Indian journal of veterinary science and animal husbandry - Volumes 18-21, 1948-1951
Year: 1948
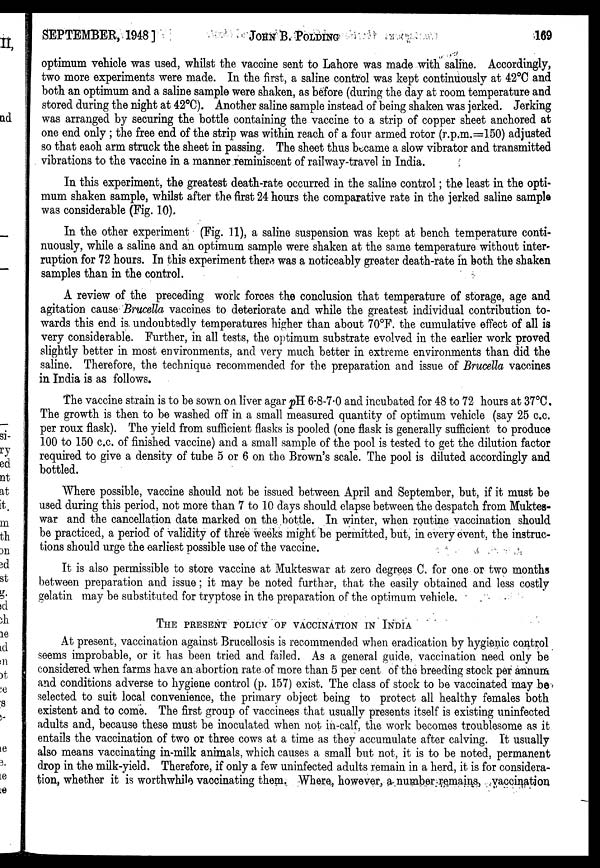
SEPTEMBER, 1948]
JOHN
B.
POLDING
169
optimum vehicle was used, whilst the vaccine sent to Lahore was made with saline. Accordingly,
two more experiments were made. In the first, a saline control was kept continuously at 42°C and
both an optimum and a saline sample were shaken, as before (during the day at room temperature and
stored during the night at 42°C). Another saline sample instead of being shaken was jerked. Jerking
was arranged by securing the bottle containing the vaccine to a strip of copper sheet anchored at
one end only ; the free end of the strip was within reach of a four armed rotor (r.p.m.=150) adjusted
so that each arm struck the sheet in passing. The sheet thus became a slow vibrator and transmitted
vibrations to the vaccine in a manner reminiscent of railway-travel in India.
In this experiment, the greatest death-rate occurred in the saline control; the least in the opti-
mum shaken sample, whilst after the first 24 hours the comparative rate in the jerked saline sample
was considerable (Fig. 10).
In the other experiment (Fig. 11), a saline suspension was kept at bench temperature conti-
nuously, while a saline and an optimum sample were shaken at the same temperature without inter-
ruption for 72 hours. In this experiment there was a noticeably greater death-rate in both the shaken
samples than in the control.
A review of the preceding work forces the conclusion that temperature of storage, age and
agitation cause Brucella vaccines to deteriorate and while the greatest individual contribution to-
wards this end is undoubtedly temperatures higher than about 70°F. the cumulative effect of all is
very considerable. Further, in all tests, the optimum substrate evolved in the earlier work proved
slightly better in most environments, and very much better in extreme environments than did the
saline. Therefore, the technique recommended for the preparation and issue of Brucella vaccines
in India is as follows.
The vaccine strain is to be sown on liver agar pH 6.8-7.0 and incubated for 48 to 72 hours at 37°C.
The growth is then to be washed off in a small measured quantity of optimum vehicle (say 25 c.c.
per roux flask). The yield from sufficient flasks is pooled (one flask is generally sufficient to produce
100 to 150 c.c. of finished vaccine) and a small sample of the pool is tested to get the dilution factor
required to give a density of tube 5 or 6 on the Brown's scale. The pool is diluted accordingly and
bottled.
Where possible, vaccine should not be issued between April and September, but, if it must be
used during this period, not more than 7 to 10 days should elapse between the despatch from Muktes-
war and the cancellation date marked on the bottle. In winter, when routine vaccination should
be practiced, a period of validity of three weeks might be permitted, but, in every event, the instruc-
tions should urge the earliest possible use of the vaccine.
It is also permissible to store vaccine at Mukteswar at zero degrees C. for one or two months
between preparation and issue; it may be noted further, that the easily obtained and less costly
gelatin may be substituted for tryptose in the preparation of the optimum vehicle.
THE PRESENT POLICY OF VACCINATION IN INDIA
At present, vaccination against Brucellosis is recommended when eradication by hygienic control
seems improbable, or it has been tried and failed. As a general guide, vaccination need only be
considered when farms have an abortion rate of more than 5 per cent of the breeding stock per annum
and conditions adverse to hygiene control (p. 157) exist. The class of stock to be vaccinated may be
selected to suit local convenience, the primary object being to protect all healthy females both
existent and to come. The first group of vaccinees that usually presents itself is existing uninfected
adults and, because these must be inoculated when not in-calf, the work becomes troublesome as it
entails the vaccination of two or three cows at a time as they accumulate after calving. It usually
also means vaccinating in-milk animals, which causes a small but not, it is to be noted, permanent
drop in the milk-yield. Therefore, if only a few uninfected adults remain in a herd, it is for considera-
tion, whether it is worthwhile vaccinating them. Where, however, a number remains, vaccination